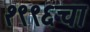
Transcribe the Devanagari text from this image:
१९९६चा